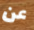
عن